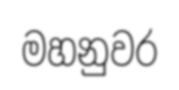
මහනුවර